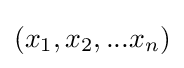
(x_{1},x_{2},...x_{n})